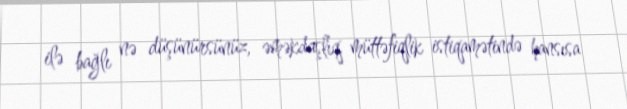
ilə bağlı nə düşünürsünüz, əməkdaşlıq, müttəfiqlik istiqamətində hansısa